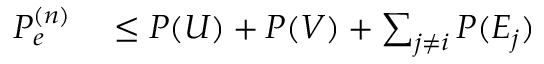
\begin{array} { r l } { P _ { e } ^ { ( n ) } } & { { } \leq P ( U ) + P ( V ) + \sum _ { j \neq i } P ( E _ { j } ) } \end{array}